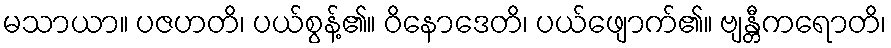
မသာယာ။ ပဇဟတိ၊ ပယ်စွန့်၏။ ဝိနောဒေတိ၊ ပယ်ဖျောက်၏။ ဗျန္တီကရောတိ၊